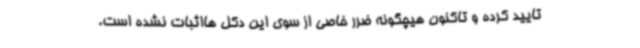
تایید کرده و تاکنون هیچگونه ضرر خاصی از سوی این دکل هااثبات نشده است.